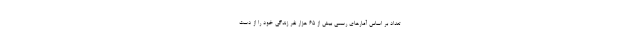
تعداد بر اساس آمارهای رسمی بیش از ۶۵ هزار نفر زندگی خود را از دست